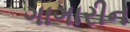
ગાગારીન